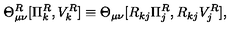
\Theta _ { \mu \nu } ^ { R } [ \Pi _ { k } ^ { R } , V _ { k } ^ { R } ] \equiv \Theta _ { \mu \nu } [ R _ { k j } \Pi _ { j } ^ { R } , R _ { k j } V _ { j } ^ { R } ] ,